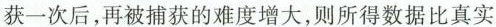
获一次后，再被捕获的难度增大，则所得数据比真实